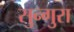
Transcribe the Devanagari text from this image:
सुन्गुरा